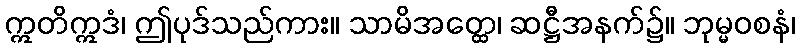
ဣတိဣဒံ၊ ဤပုဒ်သည်ကား။ သာမိအတ္ထေ၊ ဆဋ္ဌီအနက်၌။ ဘုမ္မဝစနံ၊